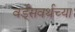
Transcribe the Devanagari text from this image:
वर्ड्‌सवर्थच्या